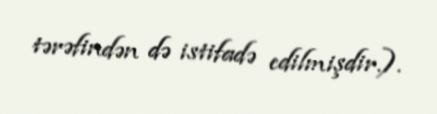
tərəfindən də istifadə edilmişdir.).